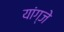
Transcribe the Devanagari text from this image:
यांग्जे